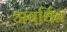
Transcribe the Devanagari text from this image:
अवर्धित